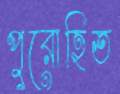
পুরোহিত